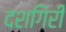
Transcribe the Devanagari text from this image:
दशगिरी